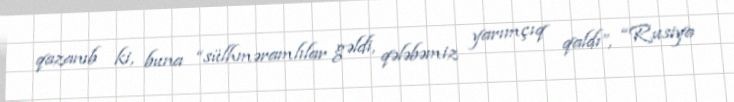
qazanıb ki, buna “sülhməramlılar gəldi, qələbəmiz yarımçıq qaldı”, “Rusiya